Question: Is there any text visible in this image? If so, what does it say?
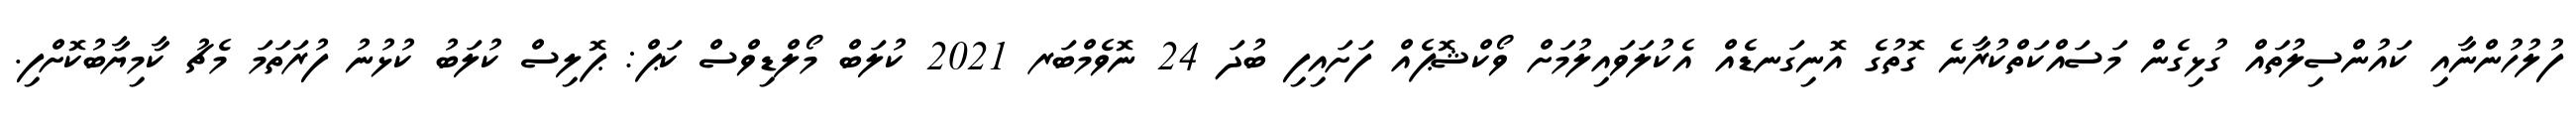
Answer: ފުލުހުންނާއި ކައުންސިލުތައް ގުޅިގެން މަސައްކަތްކުރާނެ ގޮތުގެ އޮނިގަނޑެއް އެކުލަވައިލުމަށް ވޯކްޝޮޕެއް ފަށައިފި ބުދަ 24 ނޮވެމްބަރ 2021 ކުލަބް މޯލްޑިވްސް ކަޕް: ޕޮލިސް ކުލަބު ކުޅުނު ފުރަތަމަ މެޗު ކާމިޔާބުކޮށްފި.